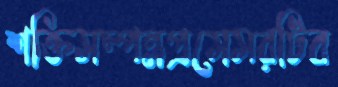
শক্তিসম্পন্নপ্রসেসরটিব